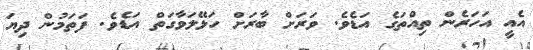
އެއީ އަހަރެން ތިއްތަގެ އަޑެވެ. ވަރަށް ބާރަށް ހަޅޭލަވާގަތް އަޑެވެ. ފަތަމުން ދިޔަ